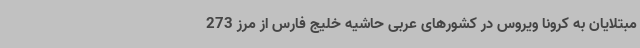
مبتلایان به کرونا ویروس در کشورهای عربی حاشیه خلیج فارس از مرز 273